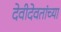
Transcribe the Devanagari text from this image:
देवीदेवतांच्या